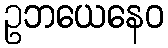
ဥဘယေနေဝ